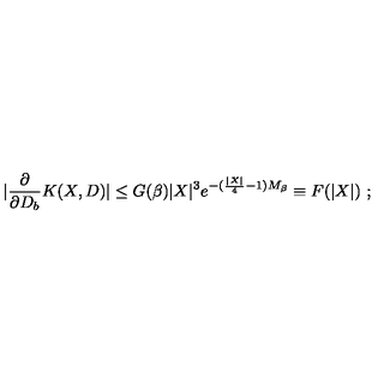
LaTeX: \left. | \frac { \partial } { \partial D _ { b } } K ( X , D ) | \leq G ( \beta ) | X | ^ { 3 } e ^ { - ( \frac { | X | } { 4 } - 1 ) M _ { \beta } } \equiv F ( | X | ) \ ; \right.